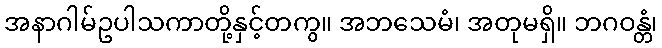
အနာဂါမ်ဥပါသကာတို့နှင့်တကွ။ အဘသေမံ၊ အတုမရှိ။ ဘဂဝန္တံ၊